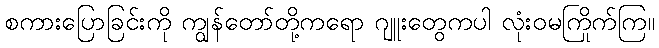
စကားပြောခြင်းကို ကျွန်တော်တို့ကရော ဂျူးတွေကပါ လုံးဝမကြိုက်ကြ။